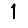
Digit: 1